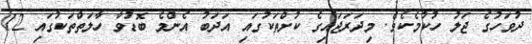
ދުވަހުގެ ޖަލު ހުކުމެކެވެ. މިދަރަޖައިގެ ކުށްތަކުގައި އަދަބު އެންމެ ބޮޑުވާ ހާލަތްތަކުގައި 12